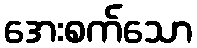
အေးစက်သော